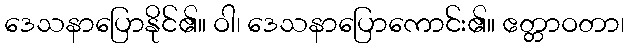
ဒေသနာပြောနိုင်၏။ ဝါ၊ ဒေသနာပြောကောင်း၏။ ဧတ္တာဝတာ၊